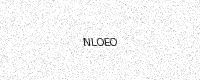
Text: NLOEO